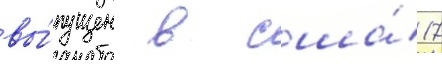
вы́пущен в сша́ 17